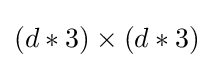
(d*3)\times (d*3)